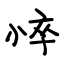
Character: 悴